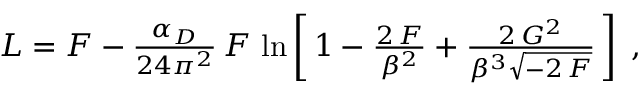
\begin{array} { r } { { \cal L } = { \cal F } - \frac { \alpha _ { D } } { 2 4 \pi ^ { 2 } } \, { \cal F } \, \ln \left[ \, 1 - \frac { 2 \, { \cal F } } { \beta ^ { 2 } } + \frac { 2 \, { \cal G } ^ { 2 } } { \beta ^ { 3 } \sqrt { - 2 \, { \cal F } } } \, \right] \; , } \end{array}